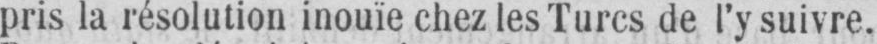
pris la résolution inouïe chez les Turcs de l’y suivre.